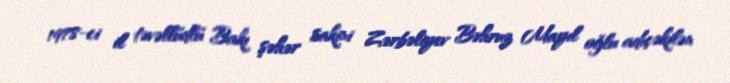
1978-ci il təvəllüdlü Bakı şəhər sakini Zərbəliyev Bəhruz Mayıl oğlu adıçəkilən